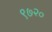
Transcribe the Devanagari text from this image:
९७२०